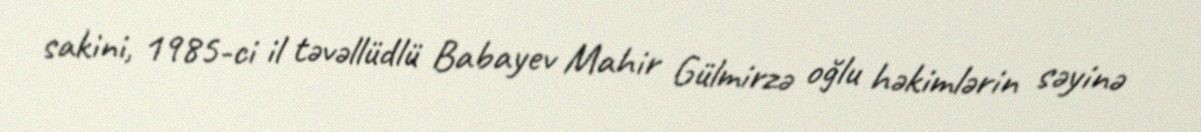
sakini, 1985-ci il təvəllüdlü Babayev Mahir Gülmirzə oğlu həkimlərin səyinə